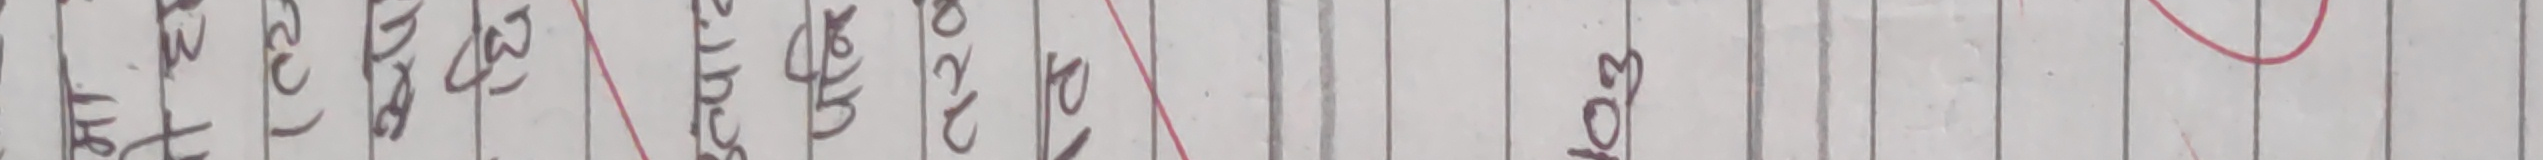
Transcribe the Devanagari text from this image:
पिरु गरे छो ज स्कुल कर २०२ ४ साल ३